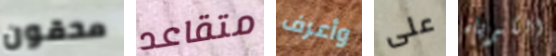
محقون متقاعد وأعرف على الكبرياء